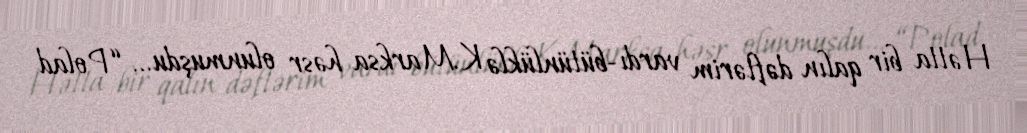
Hətta bir qalın dəftərim vardı-bütünlüklə K.Marksa həsr olunmuşdu... “Polad